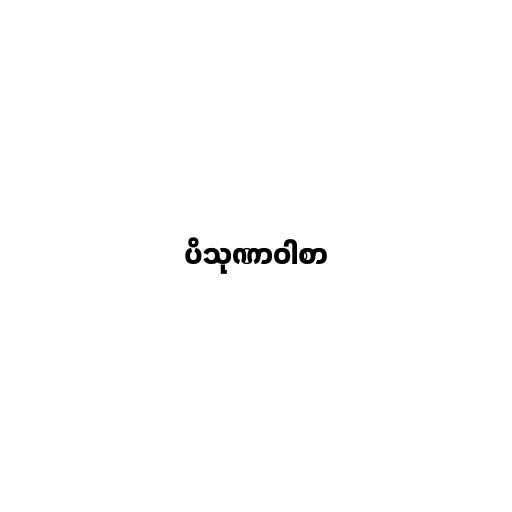
ပိသုဏာဝါစာ